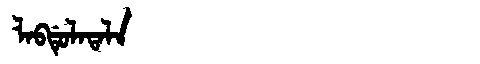
Manchu: ᠯᠠᠪᡩᡠᠯᠠᡨᠠᠯᠠ
Romanization: LABDULATALA